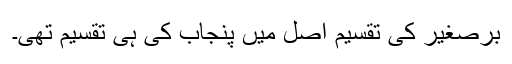
برصغیر کی تقسیم اصل میں پنجاب کی ہی تقسیم تھی۔